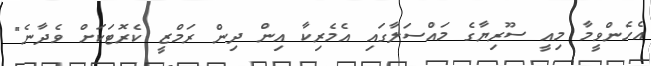
އެހެންވީމާ މިއީ ސޫރިޔާގެ މައްސަލާގައި އެމެރިކާ އިން ދިން ރަމްޒީ ކެރޮޓަކަށް ވެދާނެ"